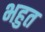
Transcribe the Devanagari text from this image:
भहुत